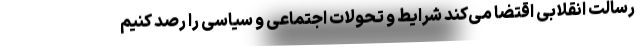
رسالت انقلابی اقتضا می‌کند شرایط و تحولات اجتماعی و سیاسی را رصد کنیم